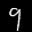
Label: 9